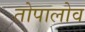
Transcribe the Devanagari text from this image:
तोपालोव